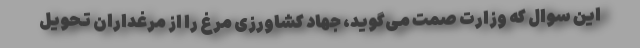
این سوال که وزارت صمت می‌گوید، جهاد کشاورزی مرغ را از مرغداران تحویل